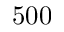
5 0 0